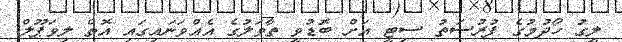
ލީގު ހޯދުމުގެ ފުރުސަތު ސިޓީ އަށް ބޮޑުވީ ތާވަލުގެ އެއްވަނައިގައި އޮތް ލިވަޕޫލް